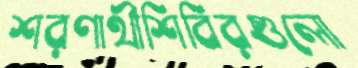
শরণার্থীশিবিরগুলো